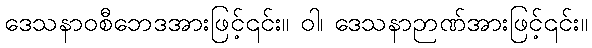
ဒေသနာဝစီဘေဒအားဖြင့်၎င်း။ ဝါ၊ ဒေသနာဉာဏ်အားဖြင့်၎င်း။